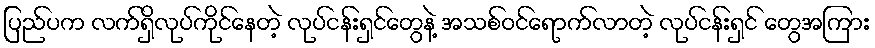
ပြည်ပက လက်ရှိလုပ်ကိုင်နေတဲ့ လုပ်ငန်းရှင်တွေနဲ့ အသစ်ဝင်ရောက်လာတဲ့ လုပ်ငန်းရှင် တွေအကြား